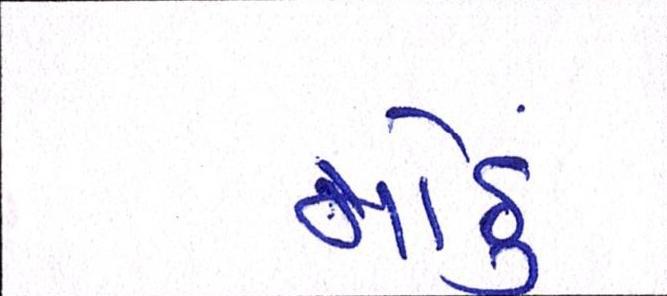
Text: મોઢુ